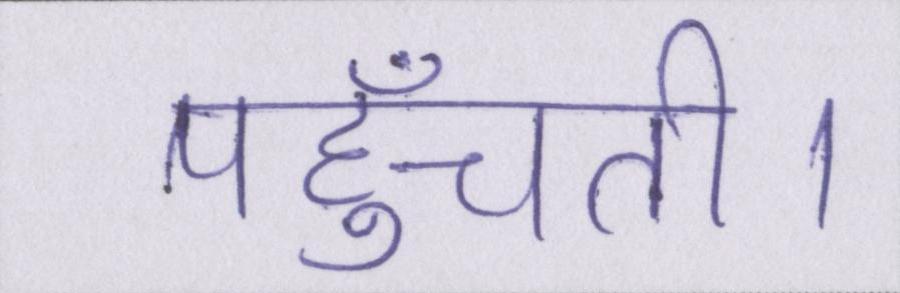
पहुँचती।